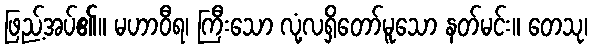
ဖြည့်အပ်၏။ မဟာဝီရ၊ ကြီးသော လုံ့လရှိတော်မူသော နတ်မင်း။ တေသု၊